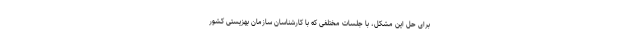
برای حل این مشکل، با جلسات مختلفی که با کارشناسان سازمان بهزیستی کشور